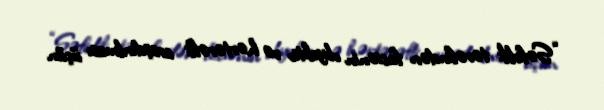
“Səfirlik tərəfindən faciənin obyektiv və hərtərəfli araşdırılması üçün